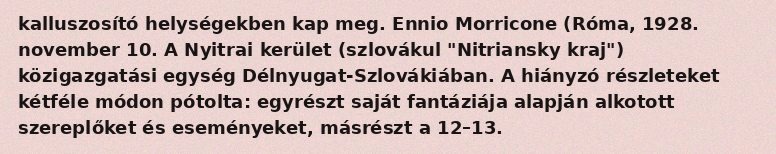
kalluszosító helységekben kap meg. Ennio Morricone (Róma, 1928. november 10. A Nyitrai kerület (szlovákul "Nitriansky kraj") közigazgatási egység Délnyugat-Szlovákiában. A hiányzó részleteket kétféle módon pótolta: egyrészt saját fantáziája alapján alkotott szereplőket és eseményeket, másrészt a 12–13.